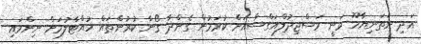
އަދި ނަތަނިޔާހޫ ވަނީ މަސްޖިދުލްއަގްސާއަށް ކުރަމުން ގެންދާ ގޯނާ ކުރުންތައް ހުއްޓާލުމަށް ނިންމައި